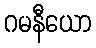
ဂမနီယော